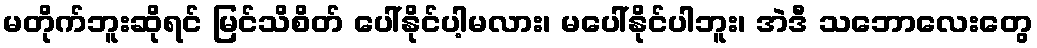
မတိုက်ဘူးဆိုရင် မြင်သိစိတ် ပေါ်နိုင်ပါ့မလား၊ မပေါ်နိုင်ပါဘူး၊ အဲဒီ သဘောလေးတွေ